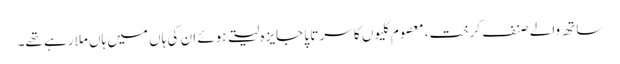
ساتھ والے صنف کرخت، معصوم کلیوں کا سر تا پا جایزہ لیتے ہوئے ان کی ہاں میں ہاں ملا رہے تھے۔